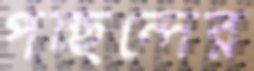
পচ্ছন্দের